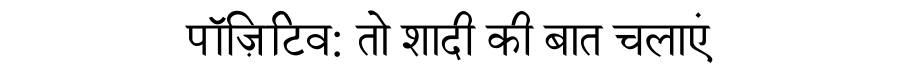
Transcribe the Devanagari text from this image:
पॉज़िटिव: तो शादी की बात चलाएं